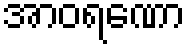
အာဝရဏော